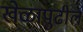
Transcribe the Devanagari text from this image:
खेळापुढील